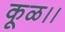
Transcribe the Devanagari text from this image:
कूळ।।